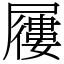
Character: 屨